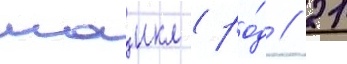
маикл (ро́д // 21